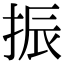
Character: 振